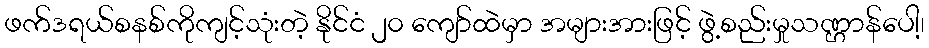
ဖက်ဒရယ်စနစ်ကိုကျင့်သုံးတဲ့ နိုင်ငံ ၂၀ ကျော်ထဲမှာ အများအားဖြင့် ဖွဲ့စည်းမှုသဏ္ဌာန်ပေါ့၊